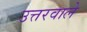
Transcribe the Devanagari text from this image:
उत्तरवाले